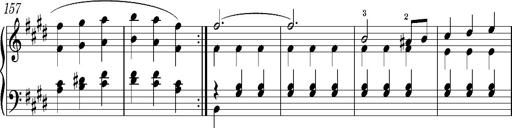
Title: Valses oubliÃ©es
Composer: Franz Liszt